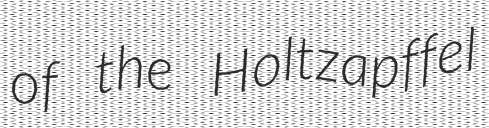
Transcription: of the Holtzapffel